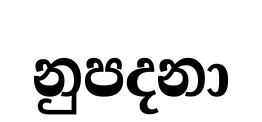
නුපදනා